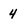
Character: 4